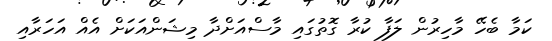
ކަމާ ބެހޭ މާހިރުން ލަފާ ކުރާ ގޮތުގައި މާސްއަށްދާ މިޝަންއަކަށް އެއް އަހަރާއި